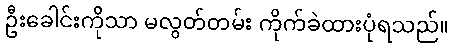
ဦးခေါင်းကိုသာ မလွတ်တမ်း ကိုက်ခဲထားပုံရသည်။